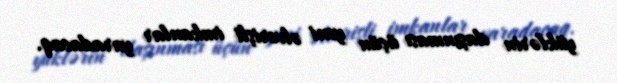
yüklərin daşınması üçün yeni əlverişli imkanlar yaradacaq.